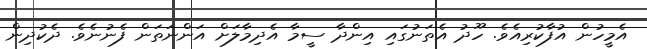
އެމީހުން އުފާކުރިއެވެ. ހޫދު އެތަނުގައި އިންދާ ސީމާ އެދިމާލަށް އަންނަތަން ފެނުނެވެ. ދެކުދިން